Serum-therapy of plague in India - Number 20
Disease focus: Plague
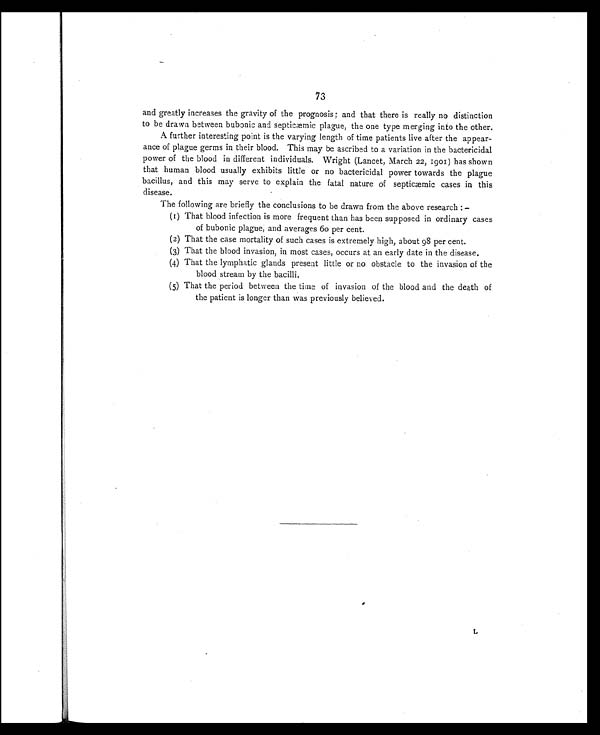
73
and greatly increases the gravity of the prognosis; and that there is really no distinction
to be drawn between bubonic and septicæmic plague, the one type merging into the other.
A further interesting point is the varying length of time patients live after the appear-
ance of plague germs in their blood. This may be ascribed to a variation in the bactericidal
power of the blood in different individuals. Wright (Lancet, March 22, 1901) has shown
that human blood usually exhibits little or no bactericidal power towards the plague
bacillus, and this may serve to explain the fatal nature of septicæmic cases in this
disease.
The following are briefly the conclusions to be drawn from the above research :—
(1) That blood infection is more frequent than has been supposed in ordinary cases
of bubonic plague, and averages 60 per cent.
(2) That the case mortality of such cases is extremely high, about 98 per cent.
(3) That the blood invasion, in most cases, occurs at an early date in the disease.
(4) That the lymphatic glands present little or no obstacle to the invasion of the
blood stream by the bacilli.
(5) That the period between the time of invasion of the blood and the death of
the patient is longer than was previously believed.
L